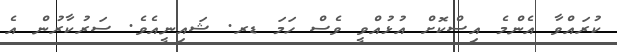
ކުރައްވާ އެންމެ އިސްކޮށް އުޅުއްވީ ވެސް ހަމަ ޑރ. ޝައިނީއެވެ. ސަރުކާރުން އެ